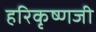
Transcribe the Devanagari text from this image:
हरिकृष्णजी